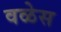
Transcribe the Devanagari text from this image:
वळेस